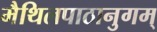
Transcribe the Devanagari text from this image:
मैथिलपाठानुगम्